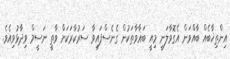
އިންތިޚާބެއް ބާއްވަން އެގޮވާލަނީ މިއީ ބަޣާވާތަކުން ގެނެސްފައިވާ ސަރުކާރަކަށް ވާތީ ނަސީމް ވިދާޅުވިއެވެ.